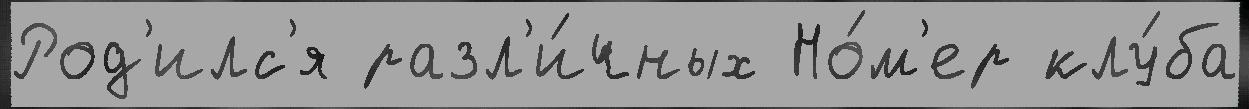
Род'илс'я разл'и́чных Но́м'ер клу́ба